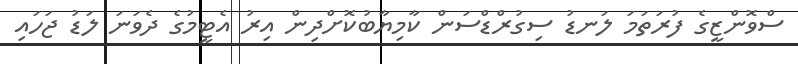
ސްވޮންޒީގެ ފުރަތަމަ ލަނޑު ސިގުރްޑްސަން ކާމިޔާބުކޮށްދިން އިރު އެޓީމުގެ ދެވަނަ ލަޑު ޖަހައި